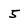
Character: 5